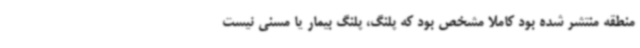
منطقه منتشر شده بود کاملا مشخص بود که پلنگ، پلنگ بیمار یا مسنی نیست